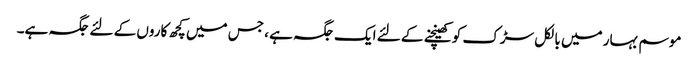
موسم بہار میں بالکل سڑک کو کھینچنے کے لئے ایک جگہ ہے ، جس میں کچھ کاروں کے لئے جگہ ہے۔